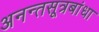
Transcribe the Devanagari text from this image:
अनन्तसूत्रबांधा